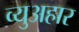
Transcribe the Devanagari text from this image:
व्युअहार